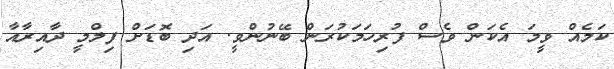
ކަމެއް ވީމަ އެކަން ވެސް ފުރިހަމަކުރަން ބޭނުންވީ. އަދި ބޮޑަށް ފިލްމީ ދާއިރާއާ